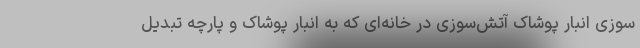
سوزی انبار پوشاک آتش‌سوزی در خانه‌ای که به انبار پوشاک و پارچه تبدیل